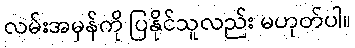
လမ်းအမှန်ကို ပြနိုင်သူလည်း မဟုတ်ပါ။